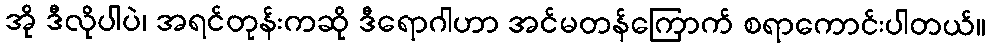
အို ဒီလိုပါပဲ၊ အရင်တုန်းကဆို ဒီရောဂါဟာ အင်မတန်ကြောက် စရာကောင်းပါတယ်။